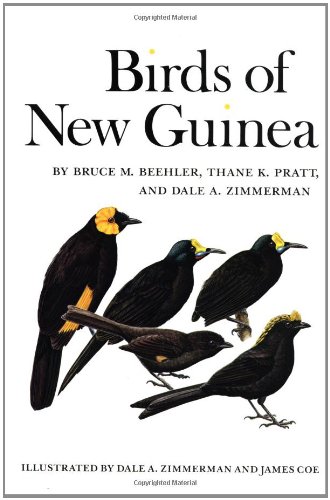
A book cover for Birds of New Guinea; Bruce M. Beehler; History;